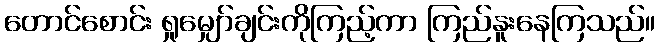
တောင်စောင်း ရှုမျှော်ချင်းကိုကြည့်ကာ ကြည်နူးနေကြသည်။